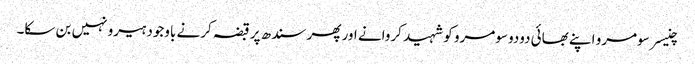
چنیسر سومرو اپنے بھائی دودو سومرو کو شہید کروانے اور پھر سندھ پر قبضہ کرنے باوجود ہیرو نہیں بن سکا۔